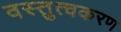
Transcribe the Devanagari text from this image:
वस्तुत्वकरण